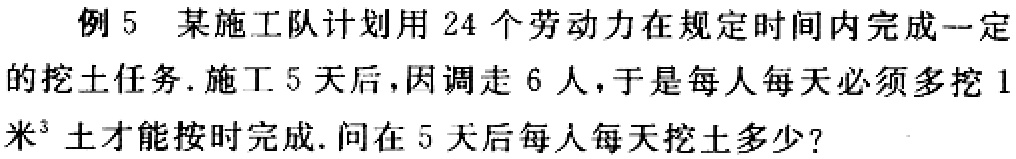
例 5 某施工队计划用 24 个劳动力在规定时间内完成一定的挖土任务. 施工 5 天后,因调走 6 人,于是每人每天必须多挖 1米³土才能按时完成. 问在 5 天后每人每天挖土多少?